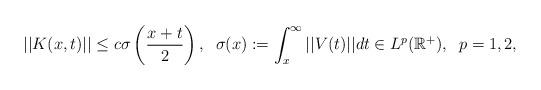
LaTeX: \begin{align*} \!\!||K(x,t)||\le c \sigma\left(\frac{x+t}{2}\right), \;\;\sigma(x):=\int_x^\infty ||V(t)||dt\in L^p(\mathbb{R}^+),\;\; p=1,2,\end{align*}